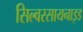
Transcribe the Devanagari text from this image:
सिल्वरसायनाइड